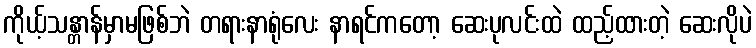
ကိုယ့်သန္တာန်မှာမဖြစ်ဘဲ တရားနာရုံလေး နာရင်ကတော့ ဆေးပုလင်းထဲ ထည့်ထားတဲ့ ဆေးလိုပဲ